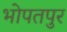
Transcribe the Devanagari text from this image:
भोपतपुर